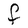
Character: F